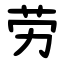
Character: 劳